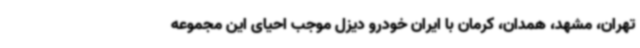
تهران، مشهد، همدان، کرمان با ایران خودرو دیزل موجب احیای این مجموعه